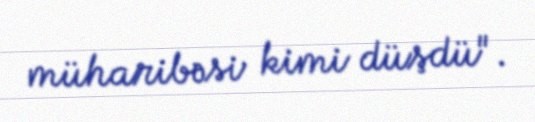
müharibəsi kimi düşdü".